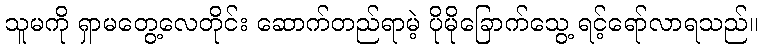
သူမကို ရှာမတွေ့လေတိုင်း ဆောက်တည်ရာမဲ့ ပိုမိုခြောက်သွေ့ ရင့်ရော်လာရသည်။